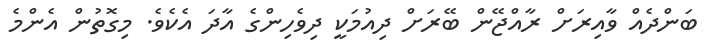
ބަންދެއް ވާއިރަށް ރާއްޖޭން ބޭރަށް ދިއުމަކީ ދިވެހިންގެ އާދަ އެކެވެ. މިގޮތުން އެންމެ